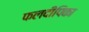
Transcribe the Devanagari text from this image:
फलदीपिका